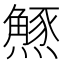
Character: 𭶝